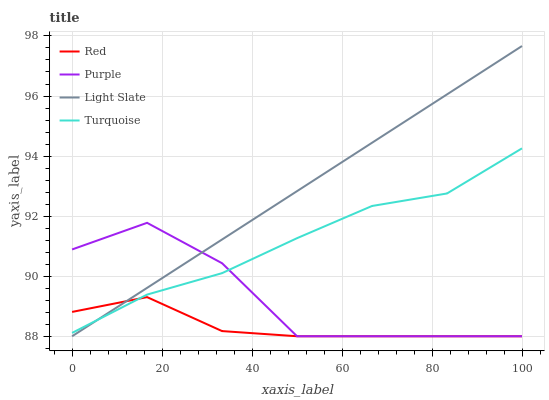
| xaxis_label | Red | Purple | Light Slate | Turquoise |
 | --- | --- | --- | --- | --- |
 | 0 | 88.8 | 90.9 | 88 | 88.1 |
 | 16.7 | 89.3 | 91.8 | 89.6 | 89.4 |
 | 33.3 | 88.2 | 90.4 | 91.2 | 90.1 |
 | 50 | 88 | 88 | 92.8 | 91.3 |
 | 66.7 | 88 | 88 | 94.4 | 92.3 |
 | 83.3 | 88 | 88 | 96.1 | 92.8 |
 | 100 | 88 | 88 | 97.7 | 94.3 |